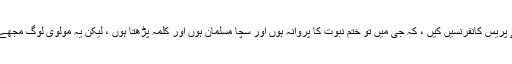
پھر زاہد حامدنے پریس کانفرنسیں کیں ، کہ جی میں تو ختم نبوت کا پروانہ ہوں اور سچا مسلمان ہوں اور کلمہ پڑھتا ہوں ، لیکن یہ مولوی لوگ مجھے کافر کہتے ہیں۔